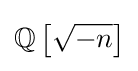
\mathbb {Q} \left[{\sqrt {-n}}\right]